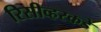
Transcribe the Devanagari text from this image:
रिसीव्हरकडे